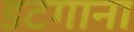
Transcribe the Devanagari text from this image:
डटगाना